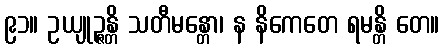
၉၁။ ဥယျုဉ္ဇန္တိ သတီမန္တော၊ န နိကေတေ ရမန္တိ တေ။